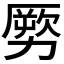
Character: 𠢤